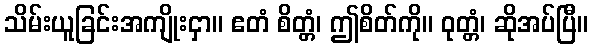
သိမ်းယူခြင်းအကျိုးငှာ။ ဧတံ စိတ္တံ၊ ဤစိတ်ကို။ ဝုတ္တံ၊ ဆိုအပ်ပြီ။